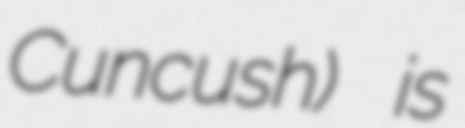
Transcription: Cuncush) is